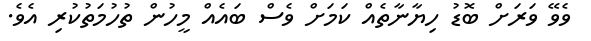
ވެވޭ ވަރަށް ބޮޑު ހިޔާނާތެއް ކަމަށް ވެސް ބައެއް މީހުން ތުހުމަތުކުރި އެވެ.